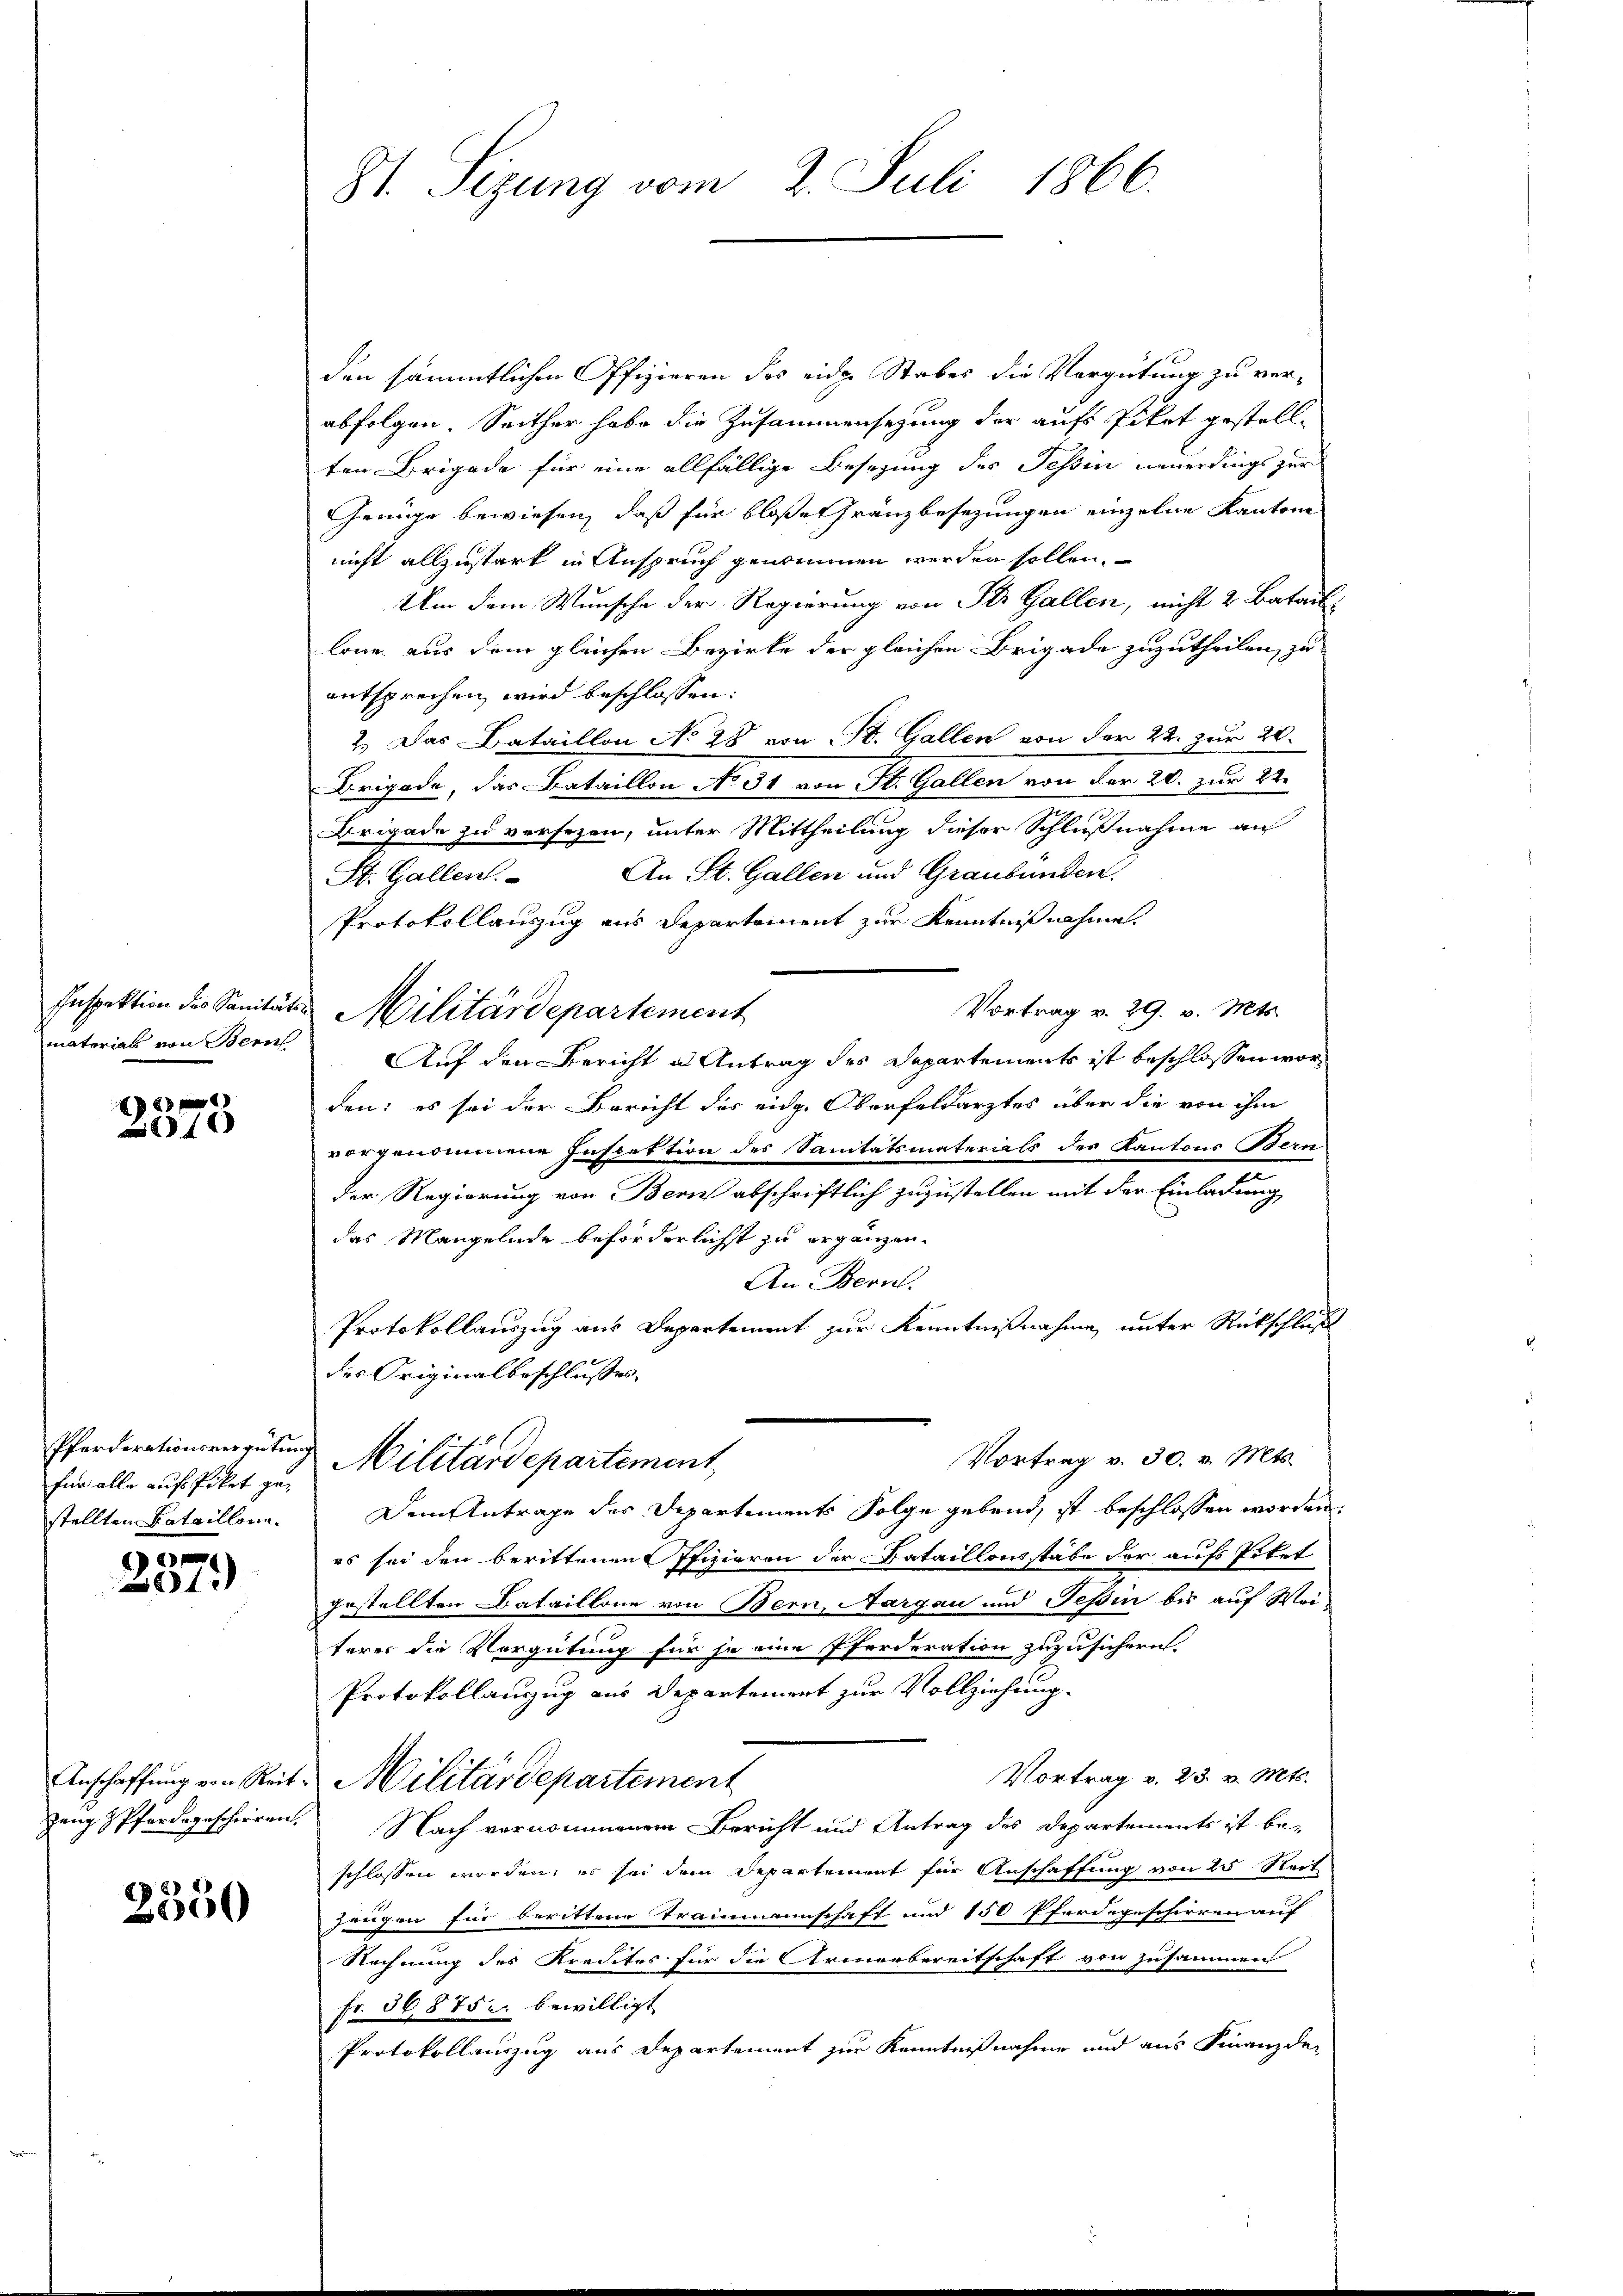
Inspektion des Sanität.
material von Bern

2)
10

für alle auf Piket gestellten Bataillone.

4x

2550

St. Sizung vom 2. Juli 1866.

den sämmtlichen Offizieren des eide Stabes die Vergütung zu verabfolgen. Seither habe die Zusammensetzung der aufs Pikot gestell-
ten Brigade für eine allfällige Besetzung des Tessin neuerdings zur
Genüge bewiesen, daß für bloße Gränzbesezungen einzelne Kantone
nicht allzustark in Anspruch genommen werden sollen.
Um dem Wunsche der Regierung von St. Gallen, nicht 2 Batail
lone aus dem gleichen Bezirke der gleichen Brigade zuzutheilen, zu
entsprechen wird beschlossen:
2.) Das Bataillon No 28 von St. Gallen von der 22. zur 20.
Brigade, das Bataillon No 31 von St. Gallen von der 20. zur 22.
Brigade zu versezen, unter Mittheilung dieser Schlußnahme an
An St. Gallen und Graubünden.
St. Gallen.
Protokollauszug aus Departement zur Kenntnißnahme.
Vortrag v. 29. v. Mts.
2. Militärdepartement
Auf den Bericht u Antrag des Departements ist beschlossen worden; es sei der Bericht der eidg. Oberfeldarztes über die von ihm
vorgenommene Inspettion des Sanitätsmaterials des Kantons Bern
der Regierung von Bern abschriftlich zuzustellen mit der Einladung
das Mangelnde beförderlichst zu ergänzen.
An Bern.
Protokollauszug aus Departement zur Kenntnißnahme unter Rückschluß
des Originalbeschlusses,
Pferderationsvergütung Militärdepartement
Vortrag v. 30. v. Mts.
Dem Antrage des Departements Folge gebend, ist beschlossen worden,
es sei den berittenen Pfizieren der Bataillonsstäbe der aufs Piket
gestellten Bataillone von Bern, Aargau und Tessin bis auf Weiterer die Vorgütung für so eine Pferderation zuzusichern.
Protokollauszug aus Departement zur Vollziehung.
Vortrag v. 23. v. Mts.
Anschaffung von Reit. Militärdepartement
Zeug & Pferdegeschieren. Nach vernommenem Bericht und Antrag des Departements ist be-
schlossen worden, es sei dem Departement für Anschaffung von 25 Seit
Zeugen für berittene Trammannschaft und 150 Pferdegeschirren auf
Rechnung des Kredites für die Armerbereitschaft von zusammen
Fr. 368752. bewilligt
Protokollauszug aus Departement zur Kenntnißnahme und aus Finanzde-